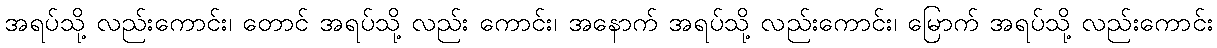
အရပ်သို့ လည်းကောင်း၊ တောင် အရပ်သို့ လည်း ကောင်း၊ အနောက် အရပ်သို့ လည်းကောင်း၊ မြောက် အရပ်သို့ လည်းကောင်း